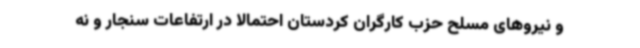
و نیروهای مسلح حزب کارگران کردستان احتمالا در ارتفاعات سنجار و نه